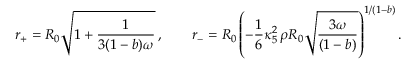
r _ { + } = R _ { 0 } \sqrt { 1 + \frac { 1 } { 3 ( 1 - b ) \omega } } \, , \qquad r _ { - } = R _ { 0 } \left( - \frac { 1 } { 6 } \kappa _ { 5 } ^ { 2 } \, \rho R _ { 0 } \sqrt { \frac { 3 \omega } { ( 1 - b ) } } \right) ^ { 1 / ( 1 - b ) } .